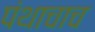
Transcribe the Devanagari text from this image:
पंथाचाच